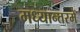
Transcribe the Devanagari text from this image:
मध्यान्तरमें